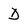
Character: D